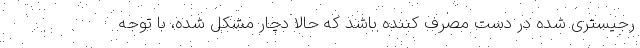
رجیستری شده در دست مصرف کننده باشد که حالا دچار مشکل شده، با توجه